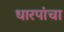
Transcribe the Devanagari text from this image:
धारपांचा